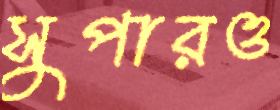
সুপারও